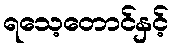
ရသေ့တောင်နှင့်